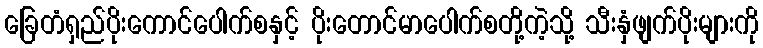
ခြေတံရှည်ပိုးကောင်ပေါက်စနှင့် ပိုးတောင်မာပေါက်စတို့ကဲ့သို့ သီးနှံဖျက်ပိုးများကို